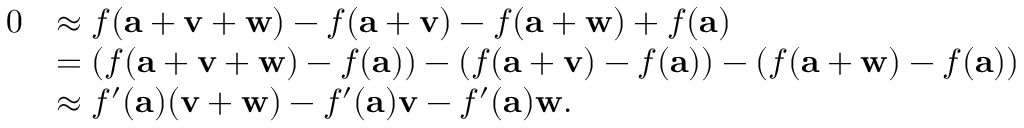
{ \begin{array} { r l } { 0 } & { \approx f ( \mathbf { a } + \mathbf { v } + \mathbf { w } ) - f ( \mathbf { a } + \mathbf { v } ) - f ( \mathbf { a } + \mathbf { w } ) + f ( \mathbf { a } ) } \\ & { = ( f ( \mathbf { a } + \mathbf { v } + \mathbf { w } ) - f ( \mathbf { a } ) ) - ( f ( \mathbf { a } + \mathbf { v } ) - f ( \mathbf { a } ) ) - ( f ( \mathbf { a } + \mathbf { w } ) - f ( \mathbf { a } ) ) } \\ & { \approx f ^ { \prime } ( \mathbf { a } ) ( \mathbf { v } + \mathbf { w } ) - f ^ { \prime } ( \mathbf { a } ) \mathbf { v } - f ^ { \prime } ( \mathbf { a } ) \mathbf { w } . } \end{array} }